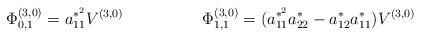
LaTeX: \begin{align*}\Phi_{0,1}^{(3,0)} = a_{11}^{*^{2}}V^{(3,0)}\hspace{20mm}\Phi_{1,1}^{(3,0)}= ( a_{11}^{*^{2}}a_{22}^{*} - a_{12}^{*}a_{11}^{*} ) V^{(3,0)}\end{align*}